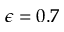
\epsilon = 0 . 7